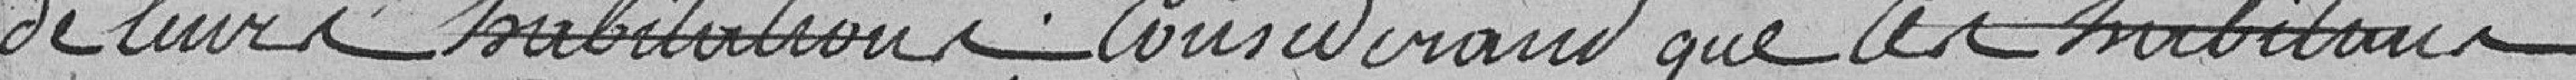
de leurs habitations ; considérant que les habitants